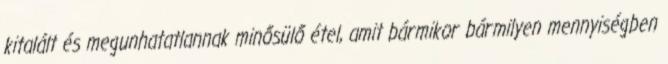
kitalált és megunhatatlannak minősülő étel, amit bármikor bármilyen mennyiségben